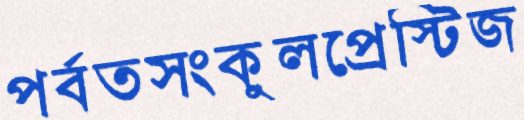
পর্বতসংকুলপ্রেস্টিজ